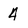
Character: 4